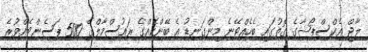
ލާޖް އެކްސްޕޯޝާގެ ގޮތުގައި ބެހެއްޓޭނެ މިންގަނޑު އެ ބޭންކެއްގެ ރައުސްމާލްގެ 500 ޕަސެންޓެއްވުރެ